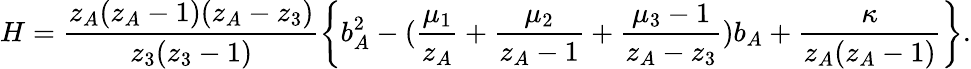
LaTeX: H=\frac{z_{A}(z_{A}-1)(z_{A}-z_{3})}{z_{3}(z_{3}-1)}\left\{ b_{A}^{2}-(\frac{\mu_{1}}{z_{A}}+\frac{\mu_{2}}{z_{A}-1}+\frac{\mu_{3}-1}{z_{A}-z_{3}})b_{A}+\frac{\kappa}{z_{A}(z_{A}-1)}\right\} .